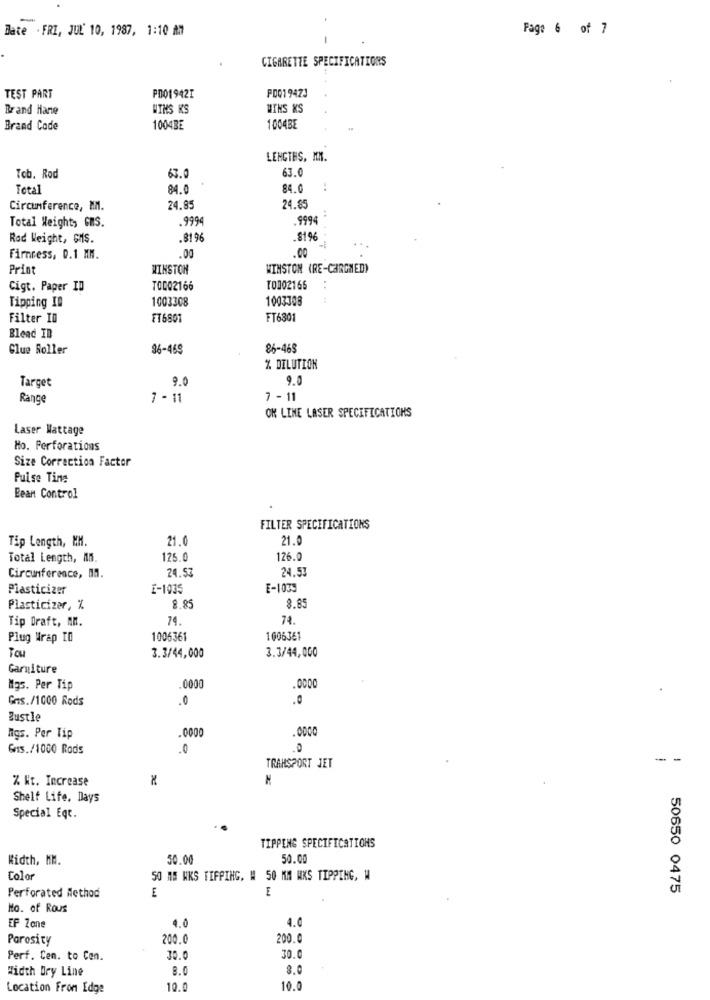
Bate . FRI, JUL' 10, 1987, 1:10 MM
Page 6 of 7
CIGARETTE SPECIFICATIONS
P0019423
TEST PART
PD01942I
Brand Hane
WINS KS
WINS KS
Brand Code
100435
1004BE
LENGTES, MM.
Tob. Rod
63.
63.0
Total
84.0
84.0
-.
Circumference, MM.
24.85
24.85
.9994
.9994
Total Weight, GNS.
Rad Weight, GMS.
.8196
.$1%
.00
Firmness, 0.1 MM.
.00
Print
WINSTON
WINSTON (RE-CARGNED)
Cigt. Paper ID
TODO2166
TO002166
..
Tipping In
1003308
1003308
Filter ID
FT6801
FT6301
Blead ID
Glue Roller
96-459
86-465
% DILUTION
9.0
9.0
Target
Range
7 - 11
7 - 11
OK LINE LASER SPECIFICATIONS
Laser Wattage
Ho. Perforations
Size Correction Factor
Puise Ting
Bean Control
FILTER SPECIFICATIONS
21.0
21.0
Tip Length, MM.
Total Length, An.
125.0
126.0
24.53
24.53
Circumference, M.
Plasticizer
E-1035
E-1039
Plasticizer, %
8.85
8.85
Tip Draft, AM.
74.
74.
Plug Wrap TO
1006361
1006361
3.3/44,000
Tou
3.3/44,000
Garniture
Mgs. Per Tip
0000
.0000
Gns./1000 Rods
.0
.0
Bustle
.0000
Migs. Per Tip
Gnis./1000 Rods
.0
.0
-- -
TRANSPORT JET
% Nt. Increase
Shelf Life. Days
Special Eqt.
TIPPING SPECIFICATIONS
Width, MM.
50.00
50.00
Color
50 MM NKS TIFPING, W 50 MM WKS TIPPING, W
E
E
50650 0475
Perforated Method
No. of Rous
4.0
4.0
EP Zone
Porosity
200.0
200.0
Perf. Cen. to Cen.
30.0
Width Dry Line
8.0
8.0
Location From Edge
10.0
10.